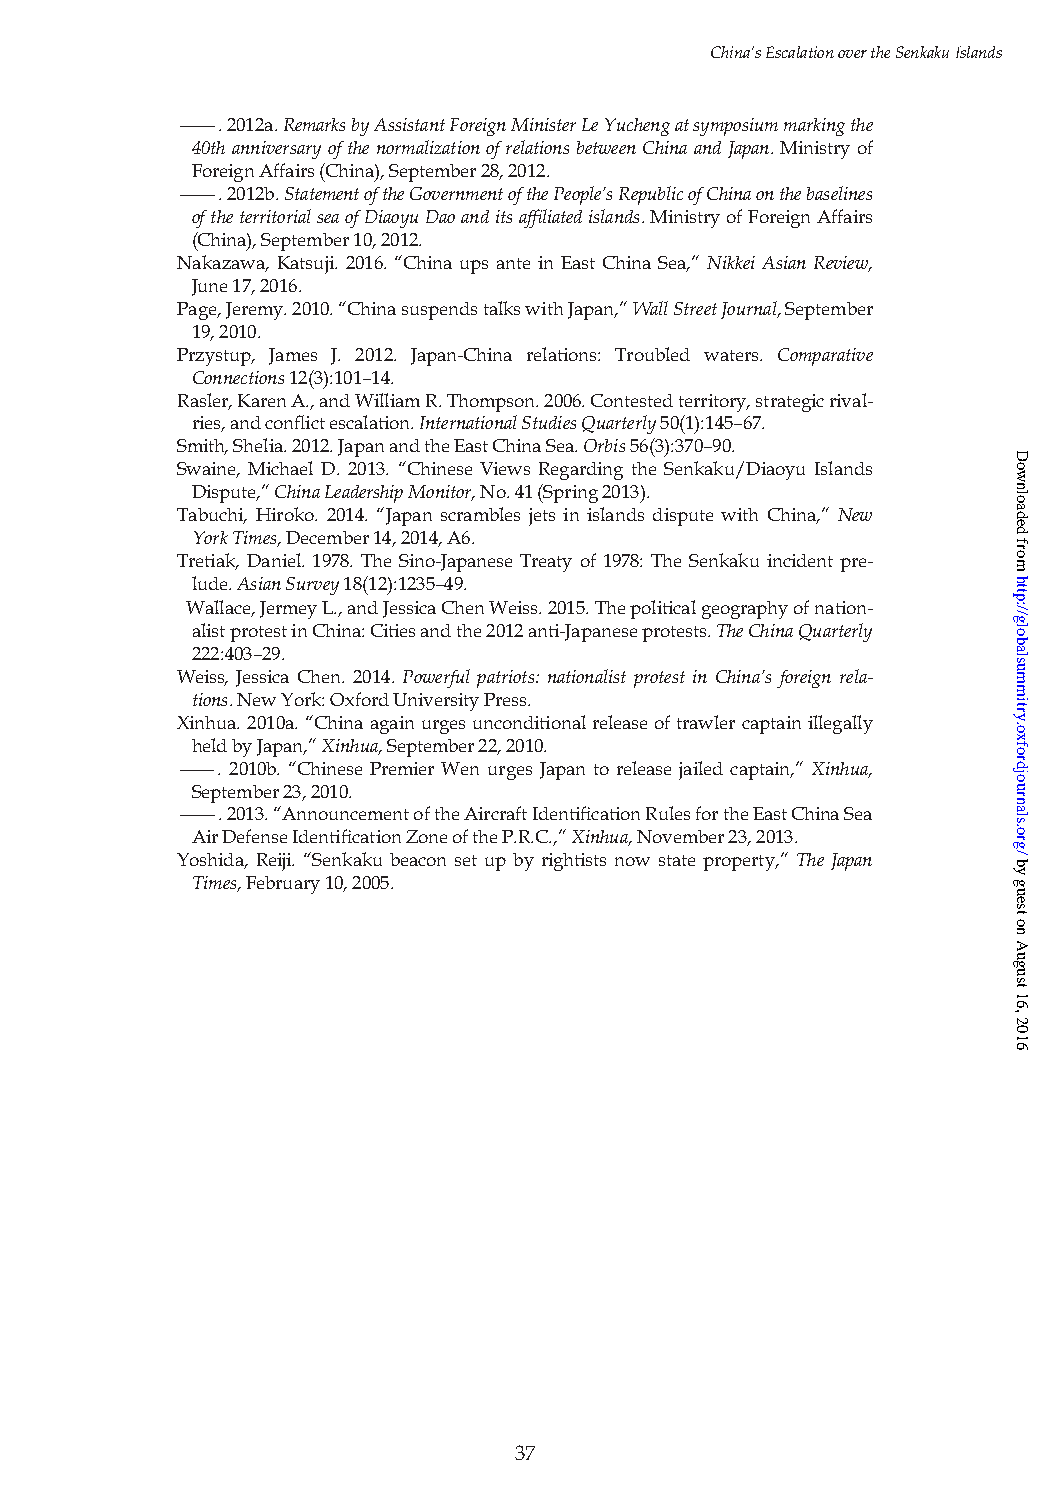
China’sEscalationovertheSenkakuIslands
 ———.2012a.RemarksbyAssistantForeignMinisterLeYuchengatsymposiummarkingthe
 40thanniversaryofthenormalizationofrelationsbetweenChinaandJapan.Ministryof
 ForeignAffairs(China),September28,2012.
 ———.2012b.StatementoftheGovernmentofthePeople’sRepublicofChinaonthebaselines
 oftheterritorialseaofDiaoyuDaoanditsaffiliatedislands.MinistryofForeignAffairs
 (China),September10,2012.
 Nakazawa, Katsuji. 2016. “China ups ante in East China Sea,” Nikkei Asian Review,
 June17,2016.
 Page,Jeremy.2010.“ChinasuspendstalkswithJapan,”WallStreetJournal,September
 19,2010.
 Przystup, James J. 2012. Japan-China relations: Troubled waters. Comparative
 Connections12(3):101–14.
 Rasler,KarenA.,andWilliamR.Thompson.2006.Contestedterritory,strategicrival-
 ries,andconflictescalation.InternationalStudiesQuarterly50(1):145–67.
 Smith,Shelia.2012.JapanandtheEastChinaSea.Orbis56(3):370–90.
 Swaine, Michael D. 2013. “Chinese Views Regarding the Senkaku/Diaoyu Islands
 Dispute,”ChinaLeadershipMonitor,No.41(Spring2013).
 Tabuchi, Hiroko. 2014. “Japan scrambles jets in islands dispute with China,” New
 YorkTimes,December14,2014,A6.
 Tretiak, Daniel. 1978. The Sino-Japanese Treaty of 1978: The Senkaku incident pre-
 lude.AsianSurvey18(12):1235–49.
 Wallace,JermeyL.,andJessicaChenWeiss.2015.Thepoliticalgeographyofnation-
 alistprotestinChina:Citiesandthe2012anti-Japaneseprotests.TheChinaQuarterly
 222:403–29.
 Weiss, Jessica Chen. 2014. Powerful patriots: nationalist protest in China’s foreign rela-
 tions.NewYork:OxfordUniversityPress.
 Xinhua.2010a.“Chinaagainurgesunconditionalreleaseoftrawlercaptainillegally
 heldbyJapan,”Xinhua,September22,2010.
 ———. 2010b. “Chinese Premier Wen urges Japan to release jailed captain,” Xinhua,
 September23,2010.
 ———.2013.“AnnouncementoftheAircraftIdentificationRulesfortheEastChinaSea
 AirDefenseIdentificationZoneoftheP.R.C.,”Xinhua,November23,2013.
 Yoshida, Reiji. “Senkaku beacon set up by rightists now state property,” The Japan
 Times,February10,2005.
 37
 Downloaded
 from
 http://globalsummitry.oxfordjournals.org/
 by
 guest
 on
 August
 16,
 2016